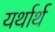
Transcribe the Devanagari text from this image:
यर्थार्थ